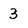
Character: 3